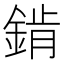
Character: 錹